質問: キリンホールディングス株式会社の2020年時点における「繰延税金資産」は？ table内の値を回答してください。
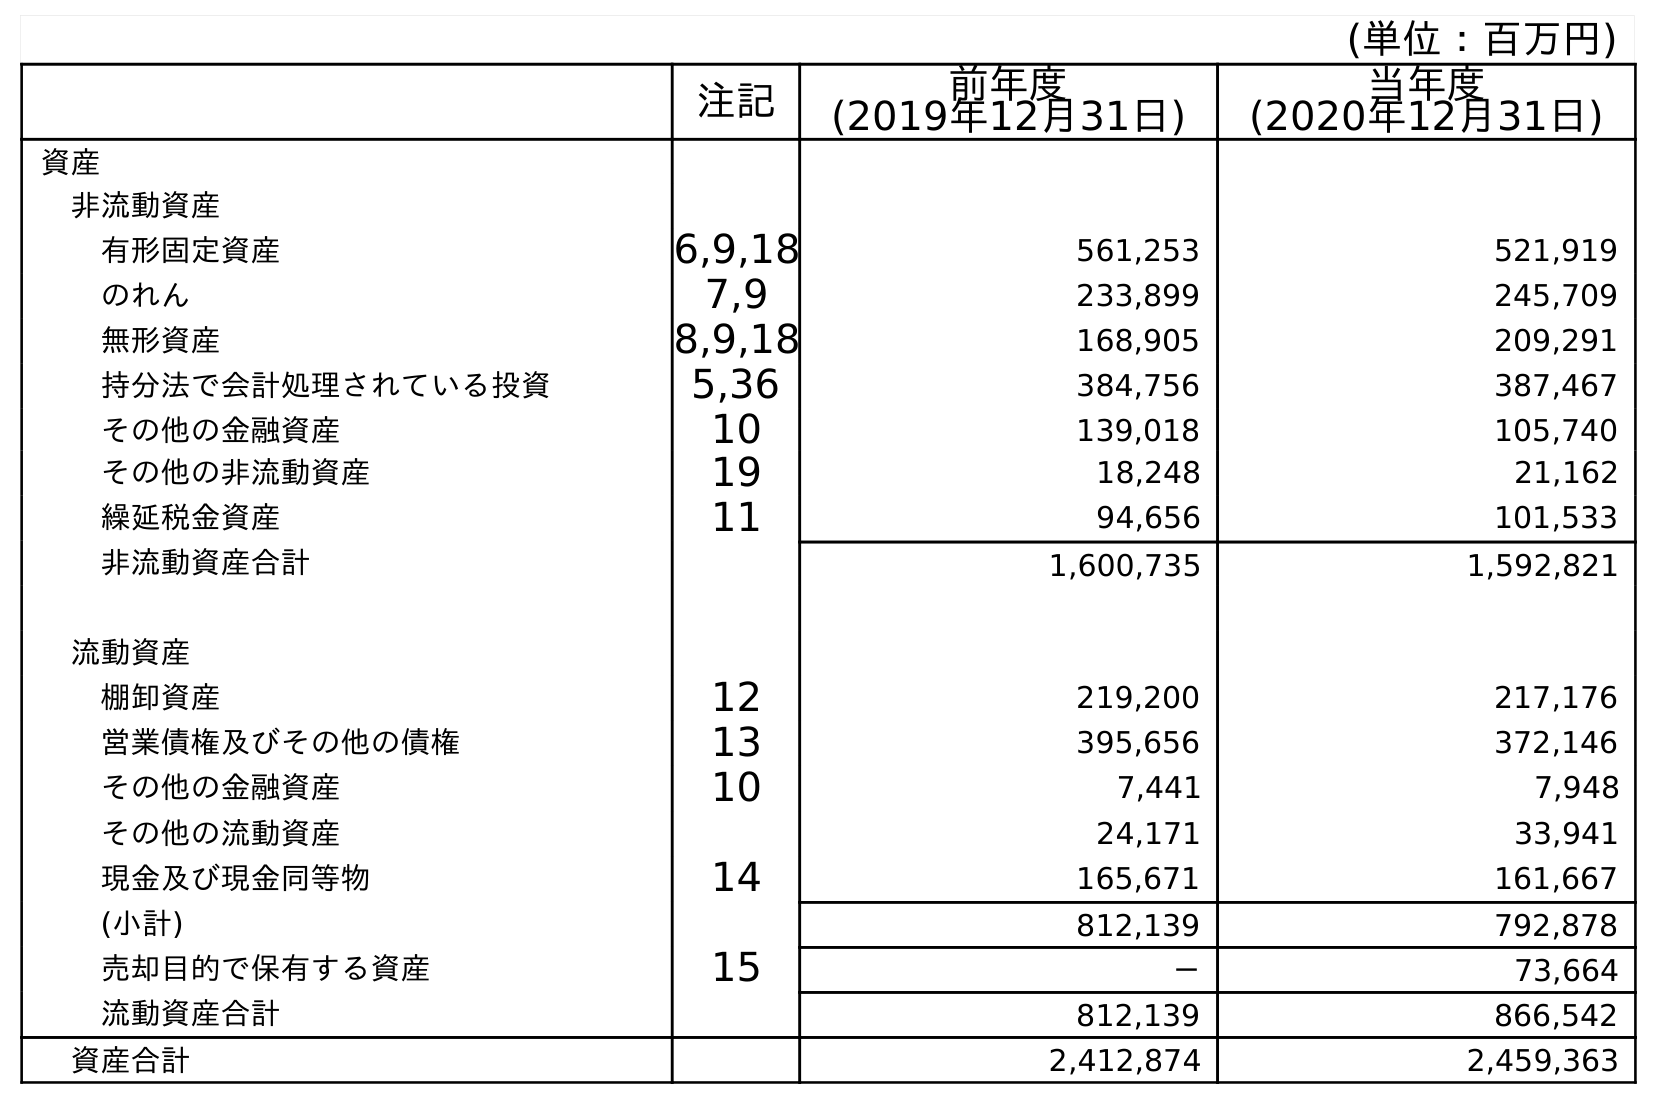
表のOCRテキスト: (単位：百万円) 注記 前年度 (2019年12月31日) 当年度 (2020年12月31日) 資産 非流動資産 有形固定資産 6,9,18 561,253 521,919 のれん 7,9 233,899 245,709 無形資産 8,9,18 168,905 209,291 持分法で会計処理されている投資 5,36 384,756 387,467 その他の金融資産 10 139,018 105,740 その他の非流動資産 19 18,248 21,162 繰延税金資産 11 94,656 101,533 非流動資産合計 1,600,735 1,592,821 流動資産 棚卸資産 12 219,200 217,176 営業債権及びその他の債権 13 395,656 372,146 その他の金融資産 10 7,441 7,948 その他の流動資産 24,171 33,941 現金及び現金同等物 14 165,671 161,667 (小計) 812,139 792,878 売却目的で保有する資産 15 － 73,664 流動資産合計 812,139 866,542 資産合計 2,412,874 2,459,363
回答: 101,533